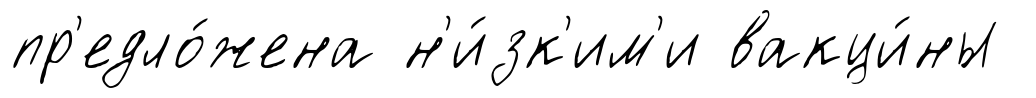
пр'едло́жена н'и́зк'им'и вакци́ны